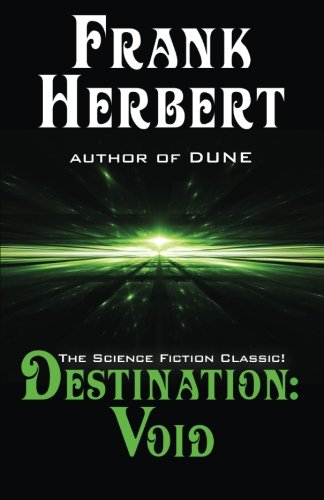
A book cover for Destination: Void: Prequel to the Pandora Sequence; Frank Herbert; Science Fiction & Fantasy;